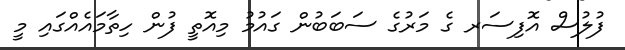
ފުލުސް އޮފިސަރ ގެ މަރުގެ ސަބަބުން ގައުމު މިއޮތީ ފުން ހިތާމައެއްގައި މީ